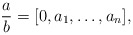
\begin{align*}\frac{a}{b}=[0,a_1,\ldots,a_n],\end{align*}